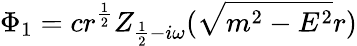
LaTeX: \Phi_{1}=cr^{\frac 12}Z_{\frac 12-i\omega}(\sqrt{m^{2}-E^{2}}r)